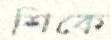
শিকে